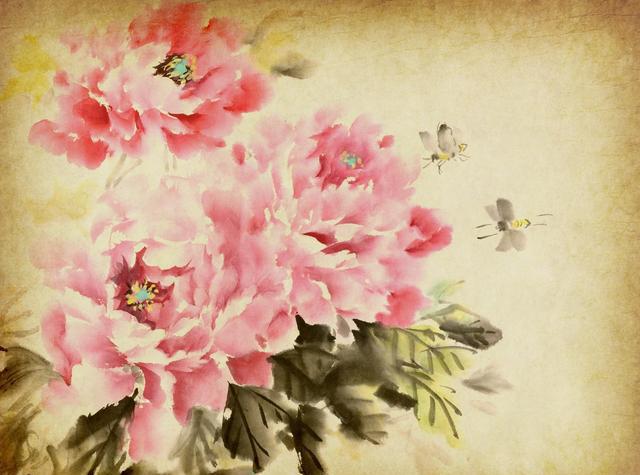
八佾舞于庭，是可忍也，孰不可忍也